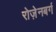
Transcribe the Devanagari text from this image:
रोज़ेनबर्ग